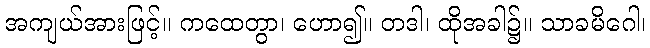
အကျယ်အားဖြင့်။ ကထေတွာ၊ ဟော၍။ တဒါ၊ ထိုအခါ၌။ သာခမိဂေါ၊